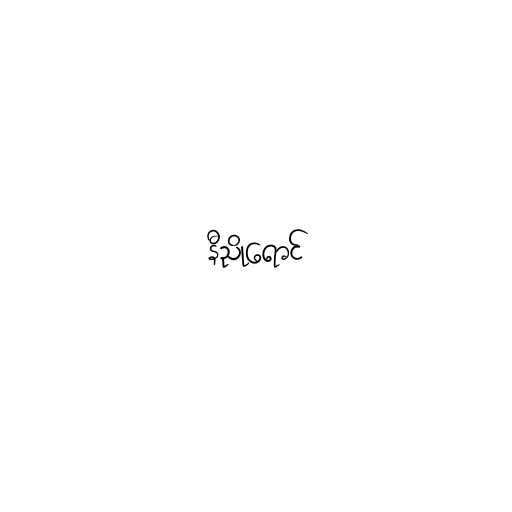
နီညိုရောင်